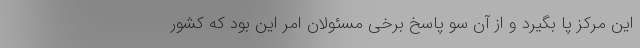
این مرکز پا بگیرد و از آن سو پاسخ برخی مسئولان امر این بود که کشور